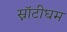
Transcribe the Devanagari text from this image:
स्नॉटीघम